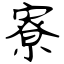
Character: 寮